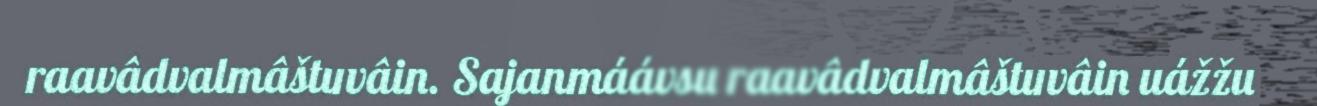
raavâdvalmâštuvâin. Sajanmáávsu raavâdvalmâštuvâin uážžu